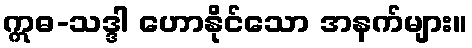
ဣဓ-သဒ္ဒါ ဟောနိုင်သော အနက်များ။